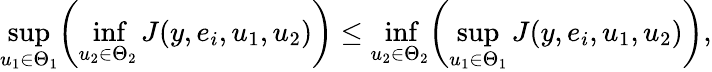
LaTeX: \operatorname*{sup}_{u_{1}\in\Theta_{1}}\biggl(\operatorname*{inf}_{u_{2}\in\Theta_{2}}J(y,e_{i},u_{1},u_{2})\biggr)\leq\operatorname*{inf}_{u_{2}\in\Theta_{2}}\biggl(\operatorname*{sup}_{u_{1}\in\Theta_{1}}J(y,e_{i},u_{1},u_{2})\biggr),